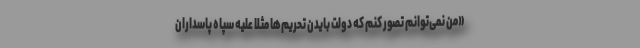
«من نمی‌توانم تصور کنم که دولت بایدن تحریم‌ها مثلاً علیه سپاه پاسداران